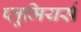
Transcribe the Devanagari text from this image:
प्लूमियर्स